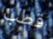
قطب